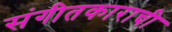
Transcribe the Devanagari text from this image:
संगीतकाराची